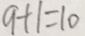
9 + 1 = 1 0